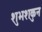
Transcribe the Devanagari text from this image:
शुभशकुन